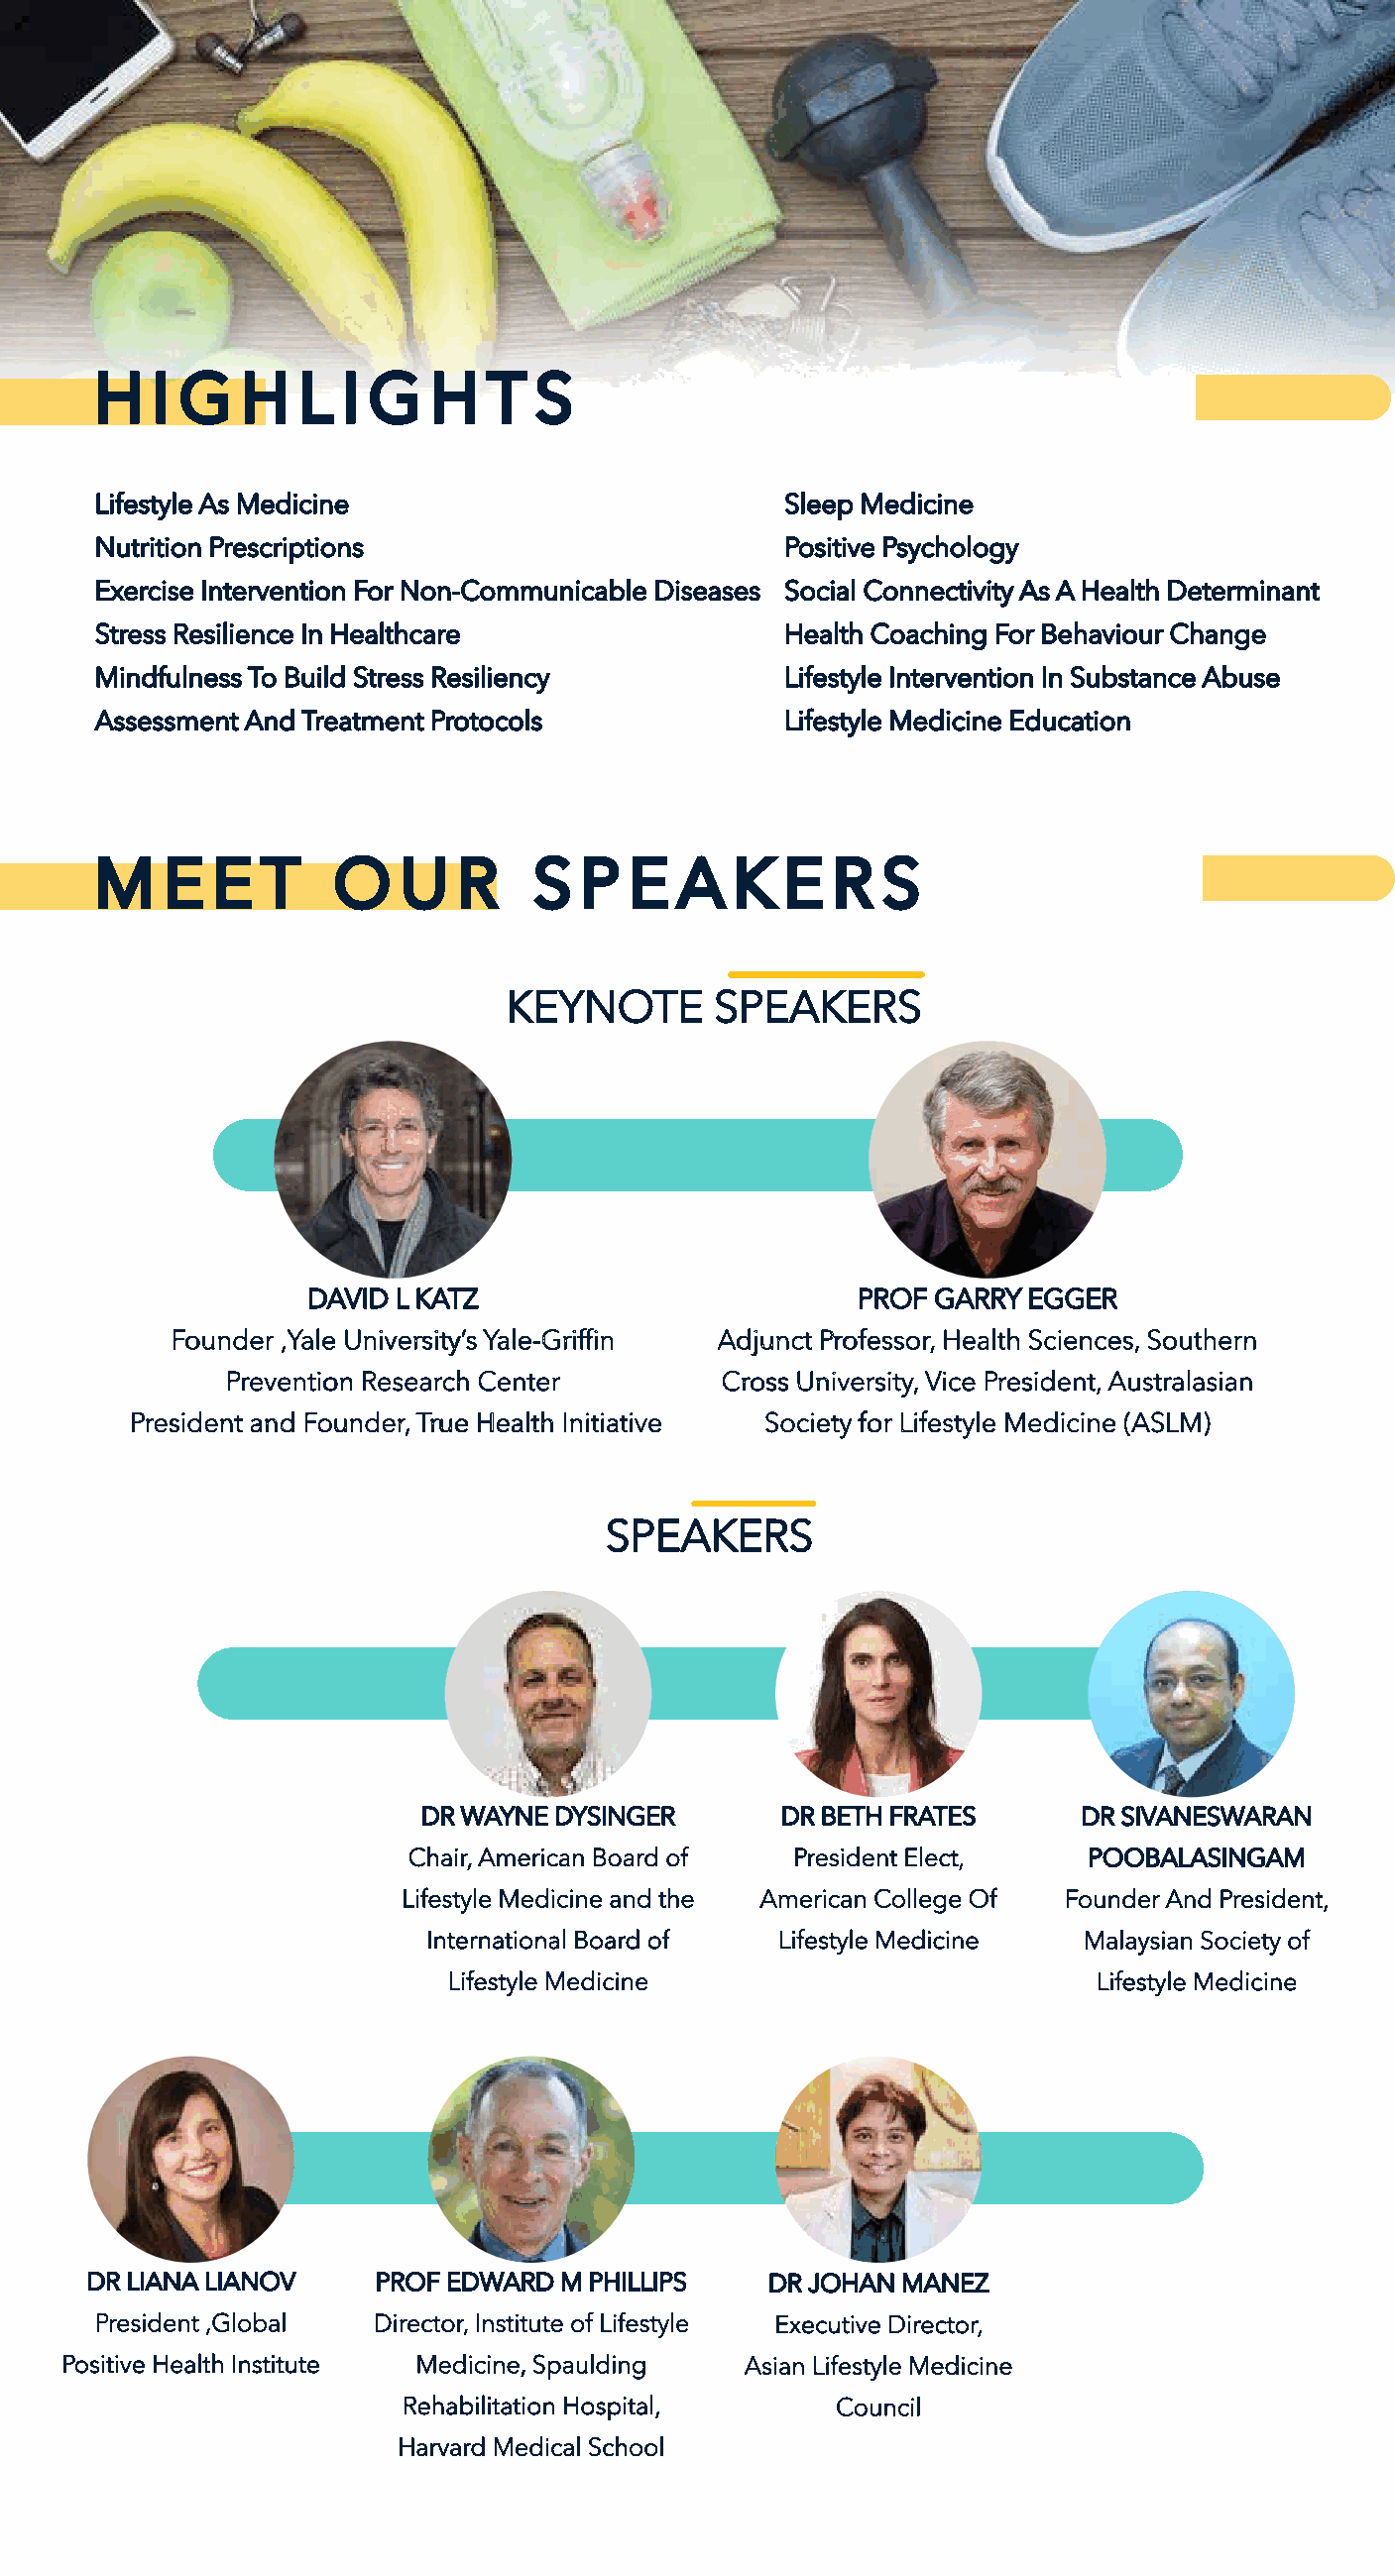
H   I G   H   L  I G   H   T  S
 Lifestyle As Medicine                         Sleep Medicine
 Nutrition Prescriptions                       Positive Psychology
 Exercise Intervention For Non-Communicable Diseases Social Connectivity As A Health Determinant
 Stress Resilience In Healthcare               Health Coaching For Behaviour Change
 Mindfulness To Build Stress Resiliency        Lifestyle Intervention In Substance Abuse
 Assessment And Treatment Protocols            Lifestyle Medicine Education
 M    E  E  T    O    U   R    S  P  E  A   K  E   R  S
 KEYNOTE       SPEAKERS
 DAVID L KATZ                        PROF GARRY  EGGER
 Founder ,Yale University’s Yale-Griffin Adjunct Professor, Health Sciences, Southern
 Prevention Research Center       Cross University, Vice President, Australasian
 President and Founder, True Health Initiative Society for Lifestyle Medicine (ASLM)
 SPEAKERS
 DR WAYNE DYSINGER       DR BETH FRATES      DR SIVANESWARAN
 Chair, American Board of  President Elect,    POOBALASINGAM
 Lifestyle Medicine and the American College Of Founder And President,
 International Board of  Lifestyle Medicine  Malaysian Society of
 Lifestyle Medicine                         Lifestyle Medicine
 DR LIANA LIANOV    PROF EDWARD M PHILLIPS    DR JOHAN MANEZ
 President ,Global  Director, Institute of Lifestyle Executive Director,
 Positive Health Institute Medicine, Spaulding Asian Lifestyle Medicine
 Rehabilitation Hospital,     Council
 Harvard Medical School